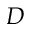
D